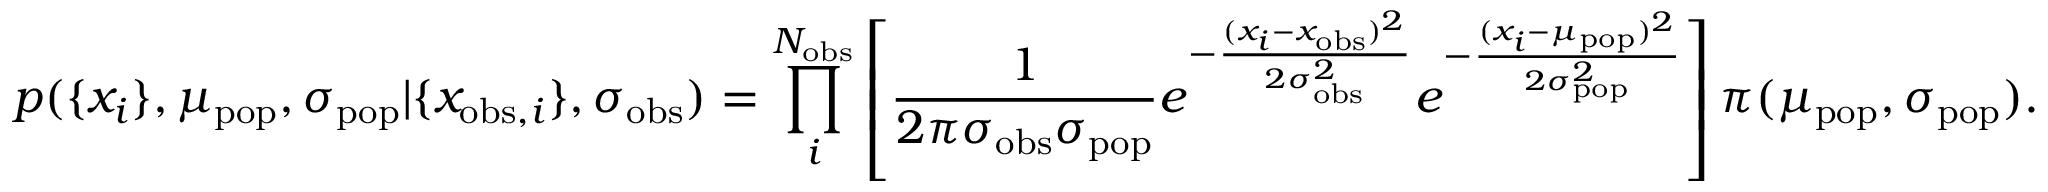
p ( \{ x _ { i } \} , \mu _ { \mathrm { p o p } } , \sigma _ { \mathrm { p o p } } | \{ x _ { \mathrm { o b s } , i } \} , \sigma _ { \mathrm { o b s } } ) = \prod _ { i } ^ { N _ { \mathrm { o b s } } } \left[ \frac { 1 } { 2 \pi \sigma _ { \mathrm { o b s } } \sigma _ { \mathrm { p o p } } } e ^ { - \frac { ( x _ { i } - x _ { \mathrm { o b s } } ) ^ { 2 } } { 2 \sigma _ { \mathrm { o b s } } ^ { 2 } } } e ^ { - \frac { ( x _ { i } - \mu _ { \mathrm { p o p } } ) ^ { 2 } } { 2 \sigma _ { \mathrm { p o p } } ^ { 2 } } } \right] \pi ( \mu _ { \mathrm { p o p } } , \sigma _ { \mathrm { p o p } } ) .